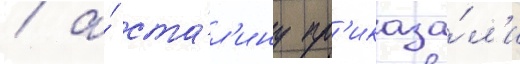
/ а́ ста́л'ину пр'иказа́л'и